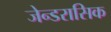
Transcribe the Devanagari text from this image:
जेन्डरासिक